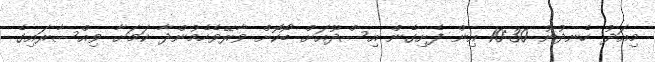
މިއަދު ހެނދުނު 10:30 އިން ފެށިގެން އިސްދޫއަށް ބޯކޮށް ވާރޭވެހެމުންދާ ކަމަށާ ވިއްސާރައިގެ